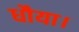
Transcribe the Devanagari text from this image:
धौया।